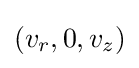
(v_{r},0,v_{z})